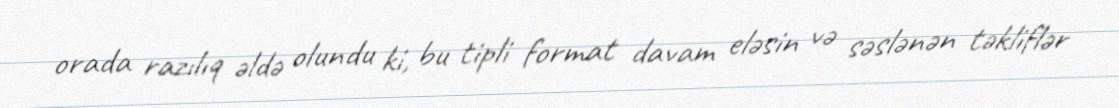
orada razılıq əldə olundu ki, bu tipli format davam eləsin və səslənən təkliflər